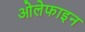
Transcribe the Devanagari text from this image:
ओलेफाइन